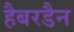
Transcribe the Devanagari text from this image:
हैबरडैन